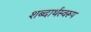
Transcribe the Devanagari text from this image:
शब्दार्थस्वरूप